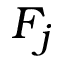
F _ { j }